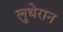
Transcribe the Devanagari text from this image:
लुथेरान